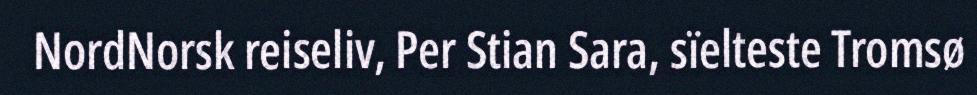
NordNorsk reiseliv, Per Stian Sara, sïelteste Tromsø